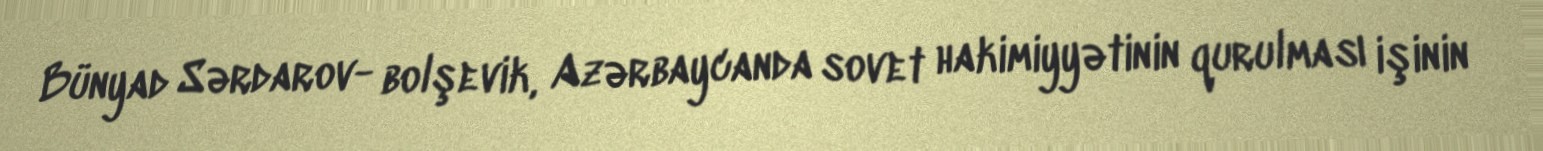
Bünyad Sərdarov- bolşevik, Azərbaycanda sovet hakimiyyətinin qurulması işinin